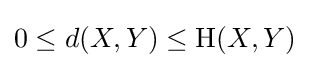
0\leq d(X,Y)\leq \mathrm {H} (X,Y)